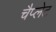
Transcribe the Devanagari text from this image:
चैप्लेट